Report on vaccination North-West Frontier Province 1904-1922 - 1904-1922
Year: 1904
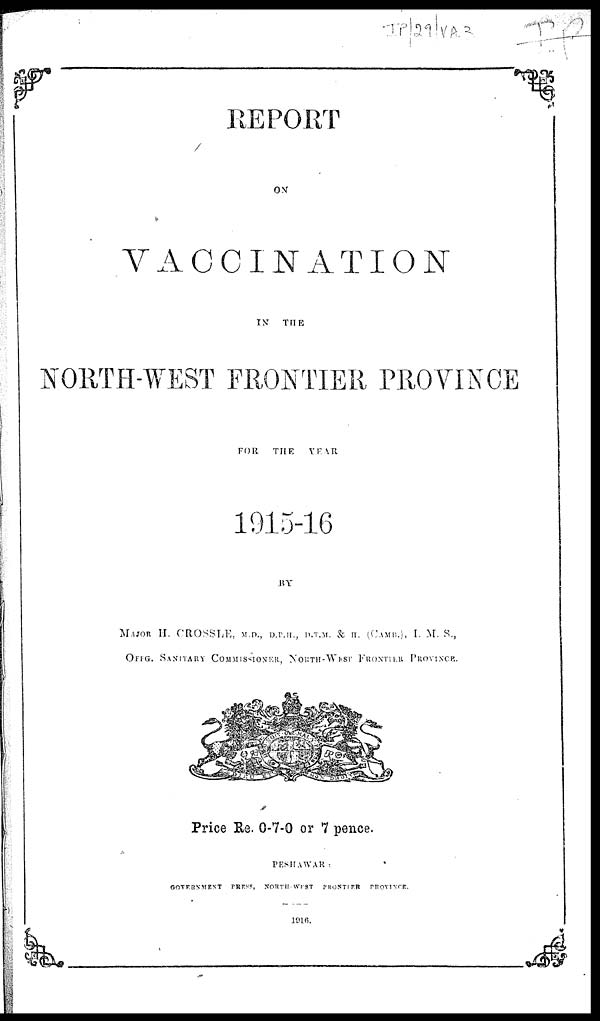
REPORT
ON
VACCINATION
IN
THE
NORTH-WEST FRONTIER PROVINCE
FOR
THE
YEAR
1915-16
BY
MAJOR H. CROSSLE, M. D., D.P.M., D.T.M. & H. (CAMB.), I. M. S.,
OFFG. SANITARY COMMISSIONER, NORTH-WEST FRONTIER PRONINCE.
Price Re. 0-7-0 or 7 pence.
PESHAWAR :
GOVERNMENT
PRESS
NORTH - WEST
FRONTIER
PROVINCE.
1916.